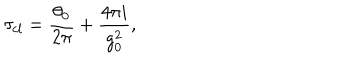
\tau _ { c l } = { \frac { \theta _ { 0 } } { 2 \pi } } + { \frac { 4 \pi i } { g _ { 0 } ^ { 2 } } } ,